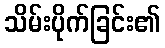
သိမ်းပိုက်ခြင်း၏